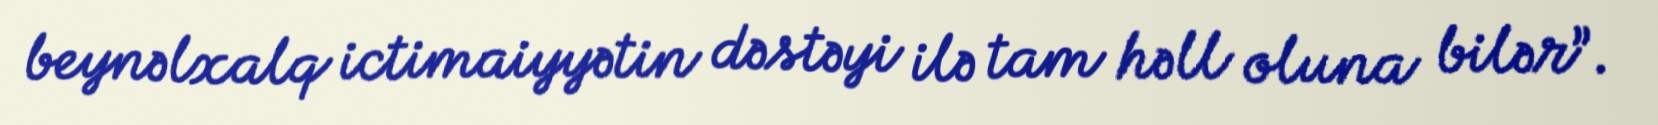
beynəlxalq ictimaiyyətin dəstəyi ilə tam həll oluna bilər”.